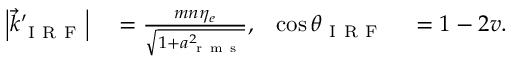
\begin{array} { r l r l } { { \left| { \vec { k } _ { \mathrm { ~ I ~ R ~ F ~ } } ^ { \prime } } \right| } } & { { } = \frac { m n \eta _ { e } } { \sqrt { 1 + a _ { \mathrm { ~ r ~ m ~ s ~ } } ^ { 2 } } } , } & { \cos \theta _ { \mathrm { ~ I ~ R ~ F ~ } } } & { { } = 1 - 2 v . } \end{array}